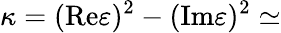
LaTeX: \kappa=(\mathrm{Re}\varepsilon)^{2}-(\mathrm{Im}\varepsilon)^{2}\simeq